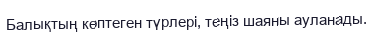
Балықтың көптеген түрлері, теңіз шаяны ауланады.